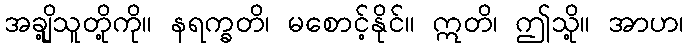
အချို့သူတို့ကို။ နရက္ခတိ၊ မစောင့်နိုင်။ ဣတိ၊ ဤသို့။ အာဟ၊